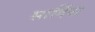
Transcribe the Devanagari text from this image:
सार्दिना